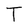
Character: T